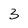
Character: 3